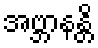
အဗ္ဘာနန္တိ